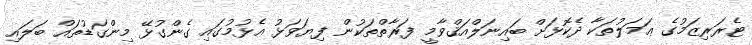
ޓެރަރިޒަމުގެ ޢަމަލުތަކާ ދެކޮޅަށް ބައިނަލްއަޤްވާމީ ފަރާތްތަކުން ފިޔަވަޅު އެޅުމުގައި ގެންގުޅޭ މިންގަޑުތައް ބަލައި